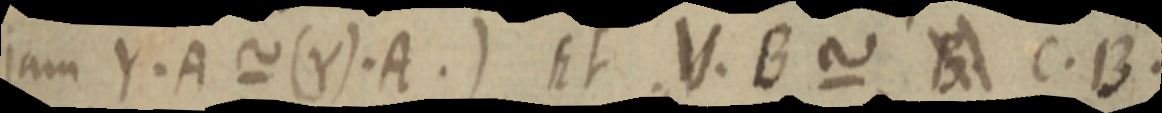
jam Y. A ~ (Y). A.) Et V. B ~ B C. B.